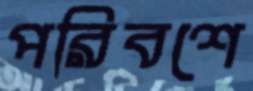
পরিবশে